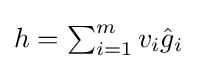
{\textstyle h=\sum _{i=1}^{m}v_{i}{\hat {g}}_{i}}